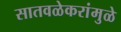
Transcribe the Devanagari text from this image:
सातवळेकरांमुळे